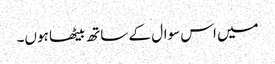
میں اس سوال کے ساتھ بیٹھا ہوں۔